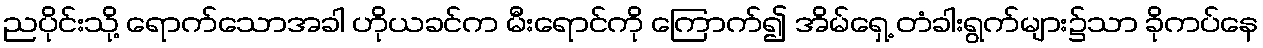
ညပိုင်းသို့ ရောက်သောအခါ ဟိုယခင်က မီးရောင်ကို ကြောက်၍ အိမ်ရှေ့ တံခါးရွက်များ၌သာ ခိုကပ်နေ